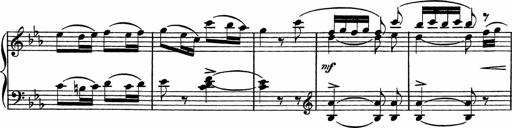
Title: Piano Sonatinas
Composer: Charles Fradel